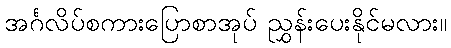
အင်္ဂလိပ်စကားပြောစာအုပ် ညွှန်းပေးနိုင်မလား။